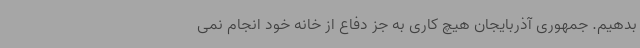
بدهیم. جمهوری آذربایجان هیچ کاری به جز دفاع از خانه خود انجام نمی